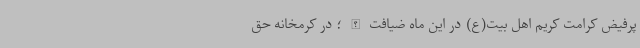
پرفیض کرامت کریم اهل بیت(ع) در این ماه ضیافت‌الله؛ در کرمخانه‌ حق